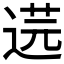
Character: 𮷣